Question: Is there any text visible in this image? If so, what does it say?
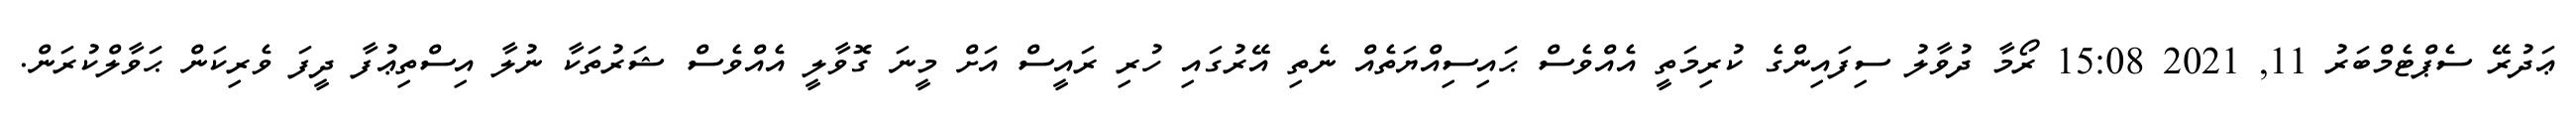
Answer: ޢަދުރޭ ސެޕްޓެމްބަރު 11, 2021 15:08 ރޯމާ ދުވާލު ސިފައިންގެ ކުރިމަތީ އެއްވެސް ޙައިސިއްޔަތެއް ނެތި އޭރުގައި ހުރި ރައީސް އަށް މީނަ ގޮވާލީ އެއްވެސް ޝަރުތަކާ ނުލާ އިސްތިޢުފާ ދީފަ ވެރިކަން ޙަވާލްކުރަން.